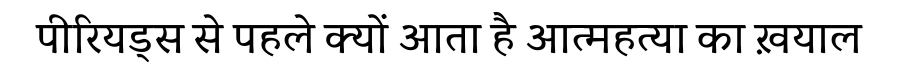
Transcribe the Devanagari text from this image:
पीरियड्स से पहले क्यों आता है आत्महत्या का ख़याल